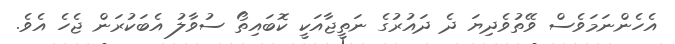
އެހެންނަމަވެސް ވޭތުވެދިޔަ ދެ ދައުރުގެ ނަތީޖާއަކީ ކޮބައިތޯ ސުވާލު އެބަކުރަން ޖެހެ އެވެ.